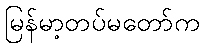
မြန်မာ့တပ်မတော်က